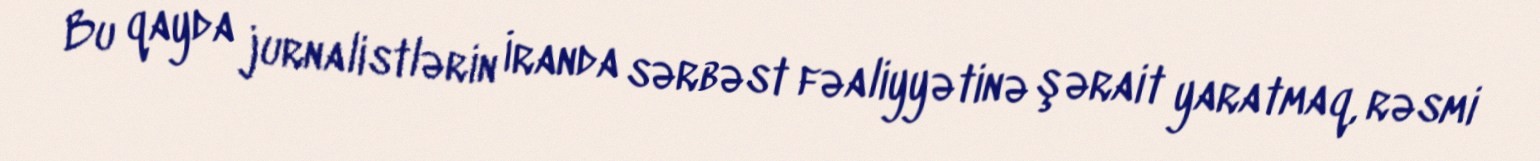
Bu qayda jurnalistlərin İranda sərbəst fəaliyyətinə şərait yaratmaq, rəsmi